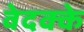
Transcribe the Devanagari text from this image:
वेदक्के